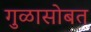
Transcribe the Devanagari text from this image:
गुळासोबत